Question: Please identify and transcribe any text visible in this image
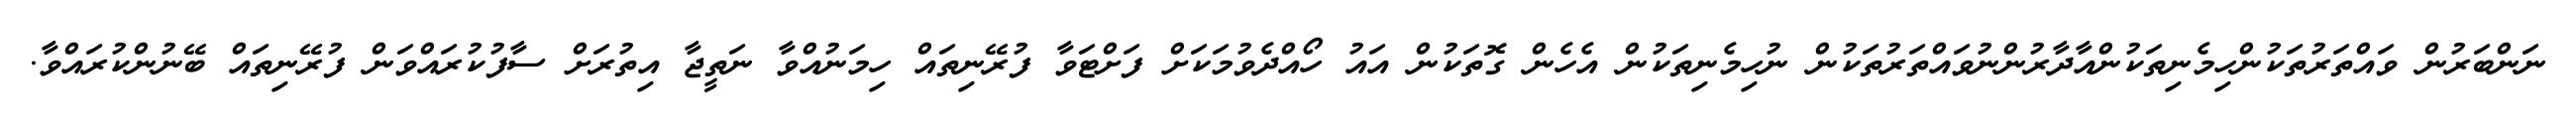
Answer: ނަންބަރުން ވައްތަރުތަކުންހިމެނިތަކުންއާދާރުންނުވައްތަރުތަކުން ނުހިމެނިތަކުން އެހެން ގޮތަކުން އައު ހޯއްދެވުމަކަށް ފަށްޓަވާ ފުރޭނިތައް ހިމަނުއްވާ ނަތީޖާ އިތުރަށް ސާފުކުރައްވަން ފުރޭނިތައް ބޭނުންކުރައްވާ.